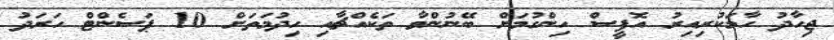
ޖިހާދު ހާމަކުރިއިރު އޮފީސް ހިންގުމަށް ބޭނުންވާ ތަކެއްޗާއި ހިދުމަތަށް 10 ޕަސެންޓް ހަރަދު